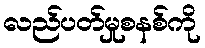
လည်ပတ်မှုစနစ်ကို